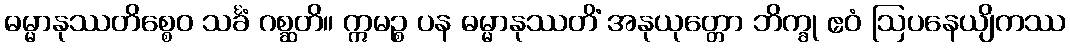
ဓမ္မာနုဿတိစ္စေဝ သင်္ခံ ဂစ္ဆတိ။ ဣမဉ္စ ပန ဓမ္မာနုဿတိံ အနုယုတ္တော ဘိက္ခု ဧဝံ ဩပနေယျိကဿ